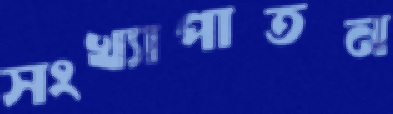
সংখ্যাপাতন